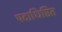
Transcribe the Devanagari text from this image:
पदाधिष्ठित